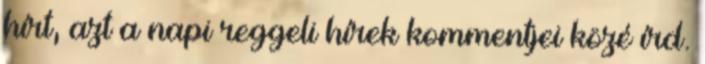
hírt, azt a napi reggeli hírek kommentjei közé írd.